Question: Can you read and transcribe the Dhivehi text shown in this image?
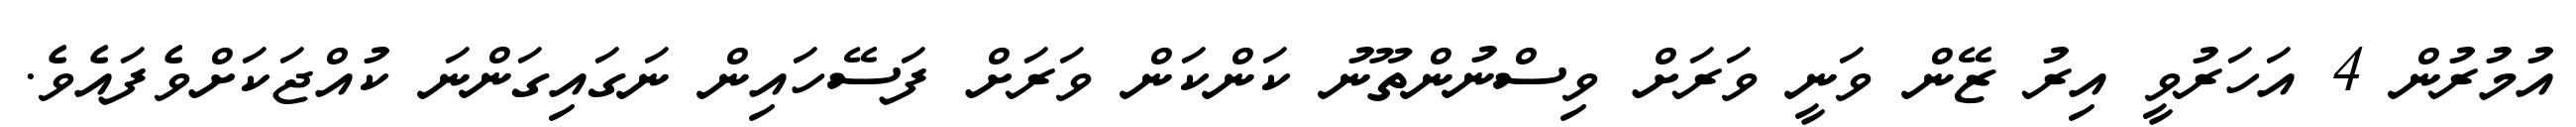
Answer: އުމުރުން 4 އަހަރުވީ އިރު ޒޭން ވަނީ ވަރަށް ވިސްނުންތޫނު ކަންކަން ވަރަށް ފަސޭހައިން ނަގައިގަންނަ ކުއްޖަކަށްވެފައެވެ.